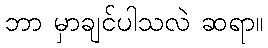
ဘာ မှာချင်ပါသလဲ ဆရာ။